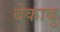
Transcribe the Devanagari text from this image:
बेकाबु